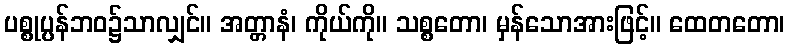
ပစ္စုပ္ပန်ဘဝ၌သာလျှင်။ အတ္တာနံ၊ ကိုယ်ကို။ သစ္စတော၊ မှန်သောအားဖြင့်။ ထေတတော၊